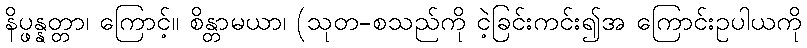
နိပ္ဖန္နတ္တာ၊ ကြောင့်။ စိန္တာမယာ၊ (သုတ-စသည်ကို ငဲ့ခြင်းကင်း၍အ ကြောင်းဥပါယကို